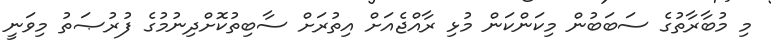
މި މުބާރާތުގެ ސަބަބުން މިކަންކަން މުޅި ރާއްޖެއަށް އިތުރަށް ސާބިތުކޮށްދިނުމުގެ ފުރުޞަތު މިވަނީ